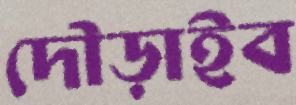
দৌড়াইব